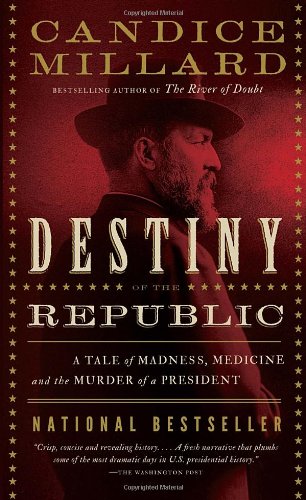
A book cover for Destiny of the Republic: A Tale of Madness, Medicine and the Murder of a President; Candice Millard; Medical Books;